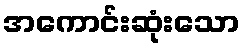
အကောင်းဆုံးသော